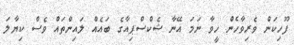
ފޫހިކަން ވެރިވާހެން ހީވާ ނަމަ އޭނާ ޝެކްސްޕިއާގެ ބައެއް ލައިންތައް ވެސް ކިޔާލަ